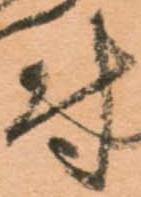
尉